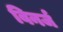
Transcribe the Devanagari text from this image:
विनर्ज